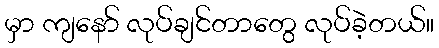
မှာ ကျနော် လုပ်ချင်တာတွေ လုပ်ခဲ့တယ်။